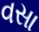
વસા